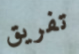
تفريق